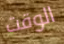
الوقت